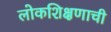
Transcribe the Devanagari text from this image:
लोकशिक्षणाची